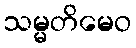
သမ္မတိမေဝ